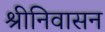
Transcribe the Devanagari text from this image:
श्रीनिवासन